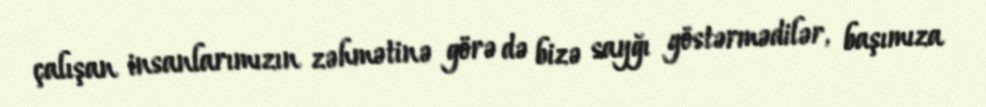
çalışan insanlarımızın zəhmətinə görə də bizə sayğı göstərmədilər, başımıza